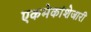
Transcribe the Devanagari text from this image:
एकमेकांशेजारी